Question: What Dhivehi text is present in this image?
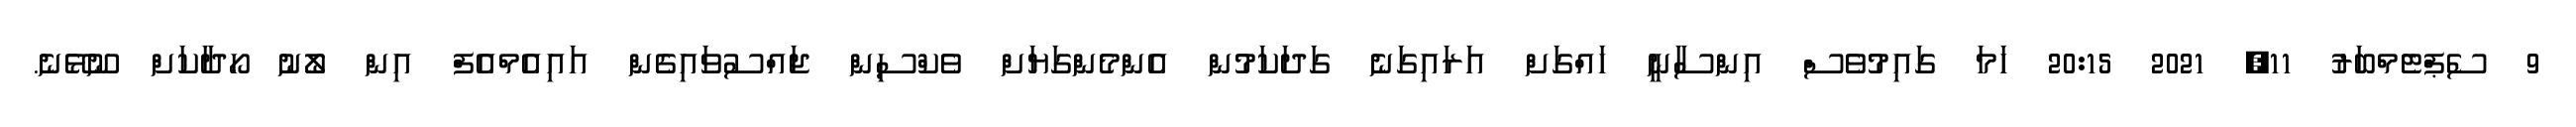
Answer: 9 ސެޕްޓެމްބަރު 11, 2021 20:15 ހަމަ ގައިމުވެސް އިންސާނީ ހައްގަށް އަރައިގަނެ ގަދަކަމުން އެންމެންގަޔަށް ވެކްސިން ޖައްސުވައިގެން އައިއެމްއެފް އިން ލޯނު ހޯދާކަށް ނޫޅޭނެ.